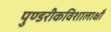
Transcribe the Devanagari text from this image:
पुण्डरीकविशालाक्षौ